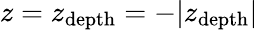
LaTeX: z=z_{\mathrm{depth}}=-\vert z_{\mathrm{depth}}\vert